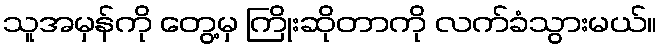
သူအမှန်ကို တွေ့မှ ကြိုးဆိုတာကို လက်ခံသွားမယ်။